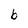
Character: b